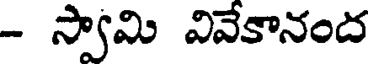
- స్వామి వివేకానంద